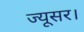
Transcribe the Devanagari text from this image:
ज्यूसर।